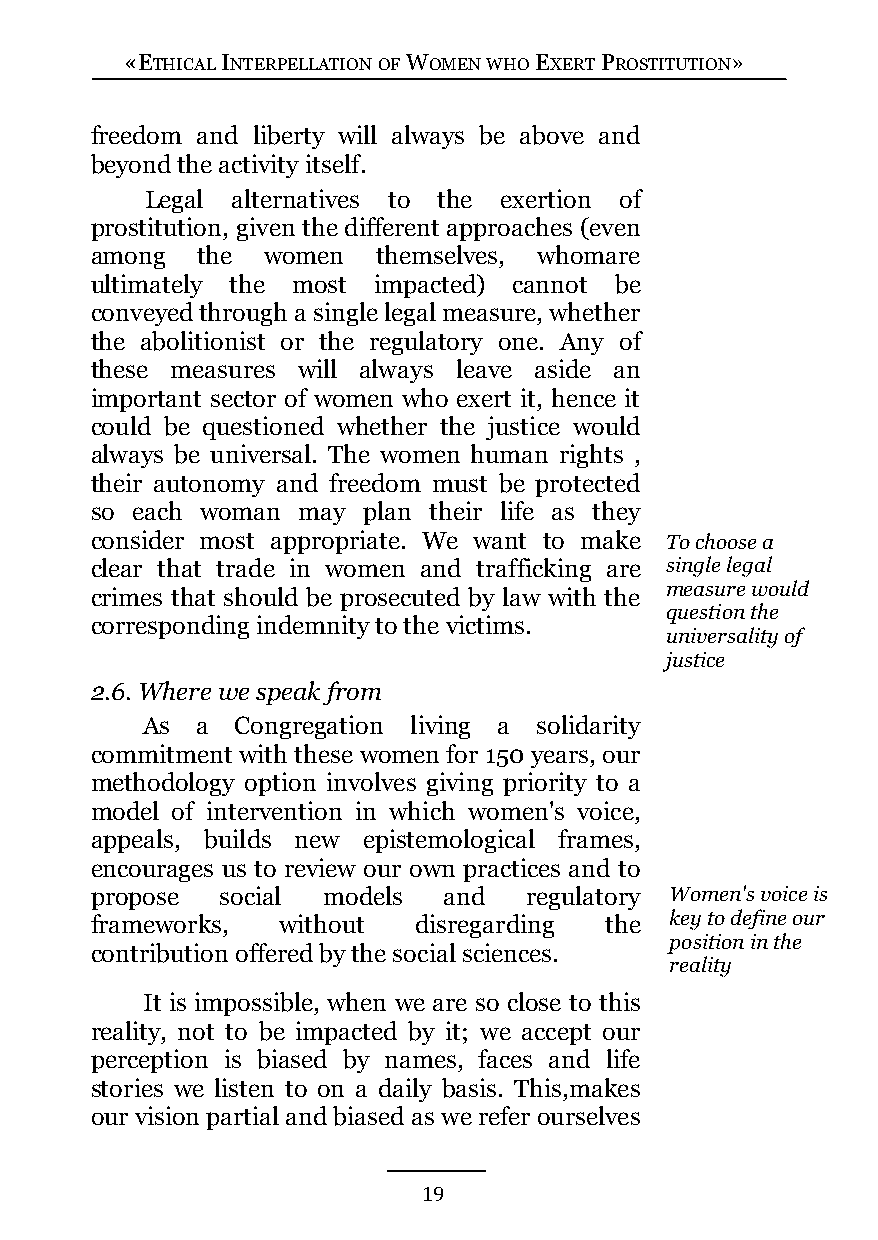
«ETHICAL INTERPELLATION OF WOMEN WHO EXERT PROSTITUTION»
 freedom and liberty will always be above and
 beyond the activity itself.
 Legal alternatives to the exertion of
 prostitution, given the different approaches (even
 among  the women   themselves, whomare
 ultimately the most impacted) cannot be
 conveyed through a single legal measure, whether
 the abolitionist or the regulatory one. Any of
 these measures will always leave aside an
 important sector of women who exert it, hence it
 could be questioned whether the justice would
 always be universal. The women human rights ,
 their autonomy and freedom must be protected
 so each woman may plan their life as they
 consider most appropriate. We want to make To choose a
 clear that trade in women and trafficking are single legal
 measure would
 crimes that should be prosecuted by law with the
 question the
 corresponding indemnity to the victims.
 universality of
 justice
 2.6. Where we speak from
 As  a  Congregation living a solidarity
 commitment with these women for 150 years, our
 methodology option involves giving priority to a
 model of intervention in which women's voice,
 appeals, builds new epistemological frames,
 encourages us to review our own practices and to
 propose  social models and   regulatory Women's voice is
 frameworks, without  disregarding the key to define our
 position in the
 contribution offered by the social sciences.
 reality
 It is impossible, when we are so close to this
 reality, not to be impacted by it; we accept our
 perception is biased by names, faces and life
 stories we listen to on a daily basis. This,makes
 our vision partial and biased as we refer ourselves
 19